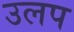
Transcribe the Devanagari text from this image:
उलप